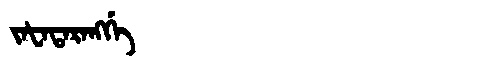
Manchu: ᠵᠠᡶᠠᡨᠠᡵᠠᠩᡤᡝ
Romanization: JAFATARANGGE